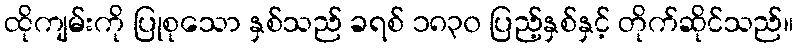
ထိုကျမ်းကို ပြုစုသော နှစ်သည် ခရစ် ၁၈၃၀ ပြည့်နှစ်နှင့် တိုက်ဆိုင်သည်။